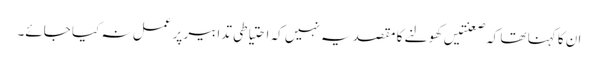
ان کا کہنا تھا کہ صعنتیں کھولنے کا مقصد یہ نہیں کہ احتیاطی تدابیر پر عمل نہ کیا جائے۔